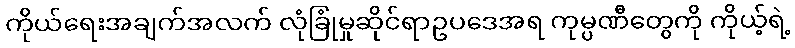
ကိုယ်ရေးအချက်အလက် လုံခြုံမှုဆိုင်ရာဥပဒေအရ ကုမ္ပဏီတွေကို ကိုယ့်ရဲ့